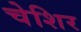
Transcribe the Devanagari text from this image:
चेशिर